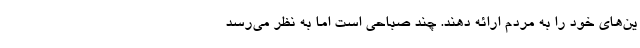
ین‌های خود را به مردم ارائه دهند. چند صباحی است اما به نظر می‌رسد